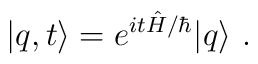
|q,t\rangle =e^{it\hat{H}/\hbar}|q\rangle\ .